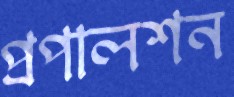
প্রপালশন